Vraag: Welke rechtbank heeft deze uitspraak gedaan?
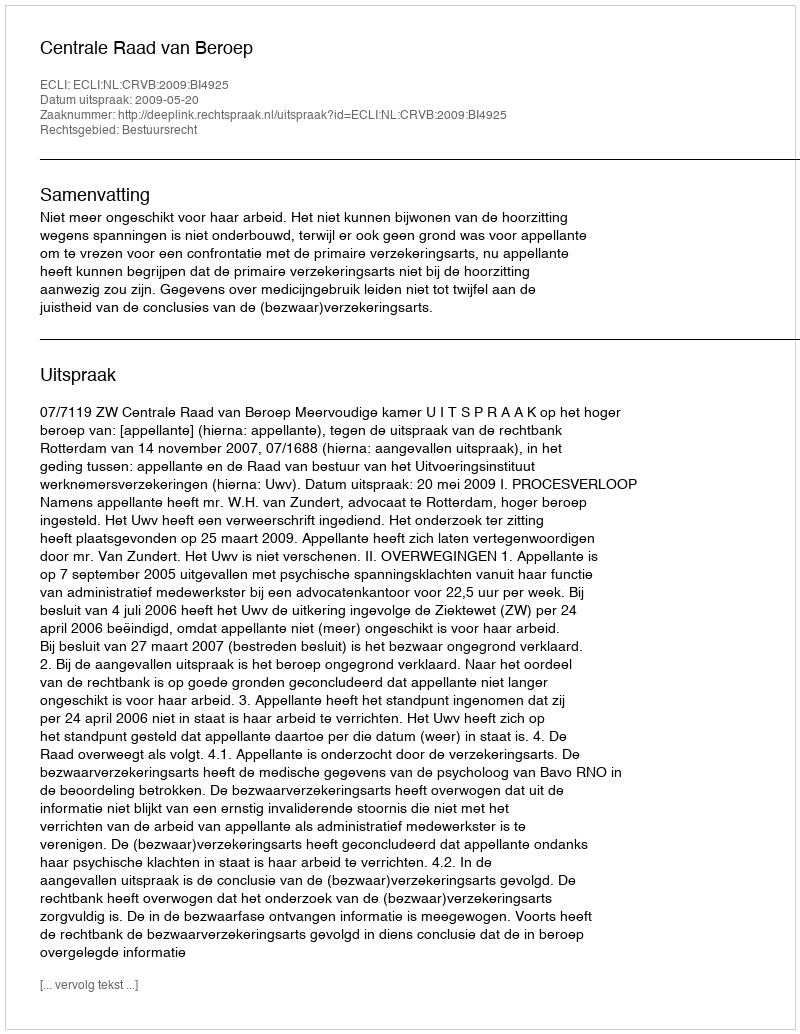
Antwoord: Centrale Raad van Beroep